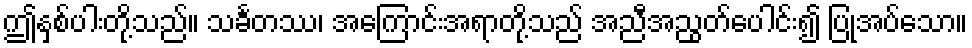
ဤနှစ်ပါးတို့သည်။ သင်္ခတဿ၊ အကြောင်းအရာတို့သည် အညီအညွတ်ပေါင်း၍ ပြုအပ်သော။